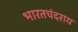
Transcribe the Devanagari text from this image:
भारतचंदराय